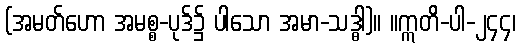
(အမတ်ဟော အမစ္စ-ပုဒ်၌ ပါသော အမာ-သဒ္ဓါ)။ ။ဣတိ-ပါ-၂၄၄၊